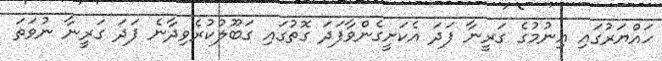
ހައްޔަރުގައި އިނުމުގެ ގަރީނާ ފަދަ އެކަށީގެންވާފަދަ ގޮތުގައި ގަބޫލުކުރެވިދާނެ ފަދަ ގަރީނާ ނުވަތަ